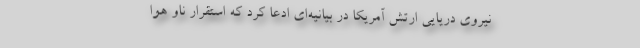
نیروی دریایی ارتش آمریکا در بیانیه‌ای ادعا کرد که استقرار ناو هوا